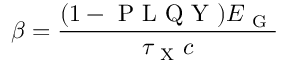
\beta = \frac { ( 1 - \mathrm { ~ P ~ L ~ Q ~ Y ~ } ) E _ { \mathrm { ~ G ~ } } } { \tau _ { \mathrm { ~ X ~ } } c }